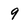
Character: 9